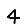
Digit: 4